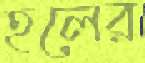
হলের